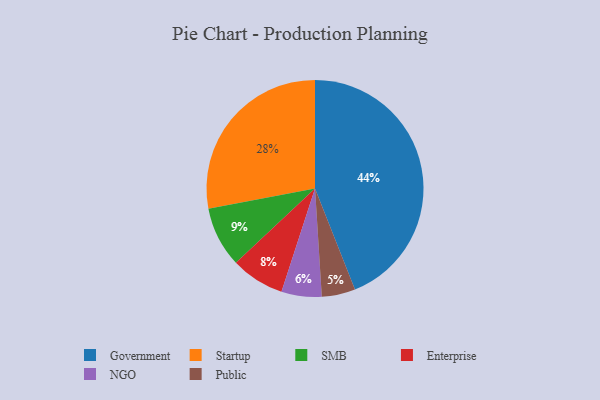
{"axis": {"x": "Category", "y": "Percentage"}, "legend": ["Enterprise", "Government", "NGO", "Public", "SMB", "Startup"], "data": [{"x": "SMB", "y": 9, "type": "SMB"}, {"x": "Enterprise", "y": 8, "type": "Enterprise"}, {"x": "Public", "y": 5, "type": "Public"}, {"x": "Government", "y": 44, "type": "Government"}, {"x": "Startup", "y": 28, "type": "Startup"}, {"x": "NGO", "y": 6, "type": "NGO"}]}